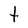
Character: t